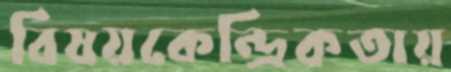
বিষয়কেন্দ্রিকতায়